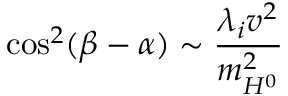
\cos ^ { 2 } ( \beta - \alpha ) \sim \frac { \lambda _ { i } v ^ { 2 } } { m _ { H ^ { 0 } } ^ { 2 } }